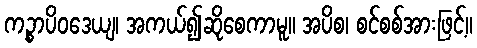
ကဉ္စာပိဝဒေယျ၊ အကယ်၍ဆိုစေကာမူ။ အပိစ၊ စင်စစ်အားဖြင့်။